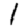
Digit: 1